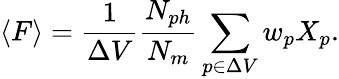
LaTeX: \langle F\rangle=\frac{1}{\Delta V}\frac{N_{ph}}{N_{m}}\sum_{p\in\Delta V}w_{p}X_{p}.